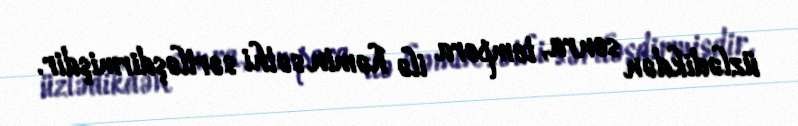
üzlədikdən sonra, tempera ilə həmin səthi sərtləşdirmişdir.